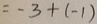
= - 3 + ( - 1 )